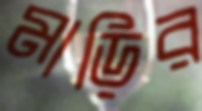
মাড়ির